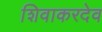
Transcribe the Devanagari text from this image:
शिवाकरदेव